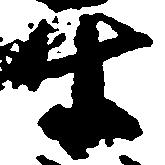
互